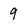
Character: 9